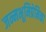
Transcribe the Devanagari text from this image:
जन्मभूमिप्रेमिका